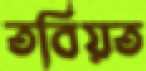
তবিয়ত